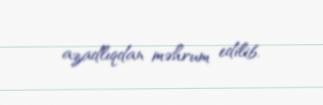
azadlıqdan məhrum edilib.